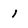
Character: I